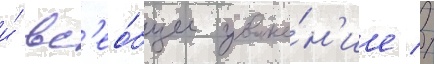
и́ вс'ео́бщее уваже́н'ие //